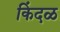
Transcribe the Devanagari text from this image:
किंदळ